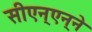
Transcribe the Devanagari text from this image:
सीएन्‌एन्‌ने